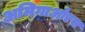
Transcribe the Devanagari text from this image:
अमिगाओएस